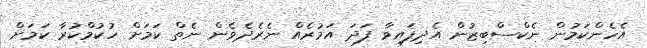
އެހެންކަމުން ނެކްސްބިޒުން އެދިފައިވާ ފަދަ އަމުރެއް ނެރެދެވެން ނެތް ކަމަށް ހުކުމްކުރާ ކަމަށް